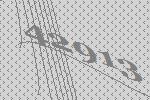
42913